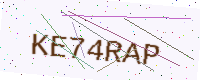
Text: KE74RAP